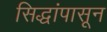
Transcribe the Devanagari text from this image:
सिद्धांपासून